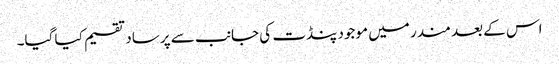
اس کے بعد مندر میں موجود پنڈت کی جانب سے پرساد تقسیم کیا گیا۔